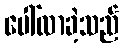
ပေါ်လာခဲ့သည်